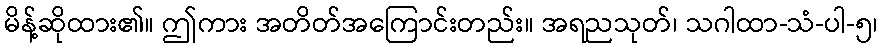
မိန့်ဆိုထား၏။ ဤကား အတိတ်အကြောင်းတည်း။ အရညသုတ်၊ သဂါထာ-သံ-ပါ-၅၊